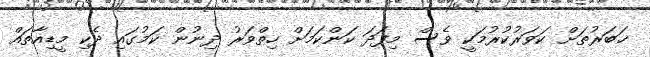
ޚަބަރުތަށް ކަވަރުކުރުމަކީ ވެސް މިފަދަ ކަންކަމަށް ހިތްވަރު ދިނުން ކަމުގައި ދެކި މީޑިއާތައް